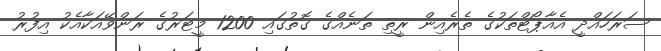
ސަރަހައްދީ އެއާޕޯޓްތަކުގެ ތެރެއިން ރީތި ތަނެއްގެ ގޮތުގައި 1200 މީޓަރުގެ ރަންވޭއަކާއެކު އިފުރު